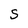
Character: S